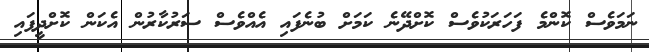
ނަމަވެސް ކޮންމެ ފަހަރަކުވެސް ކޮށްދޭނެ ކަމަށް ބުނެފައި އެއްވެސް ސަރުކާރުން އެކަން ކޮށްދީފައި